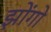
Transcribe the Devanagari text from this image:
झोंगो